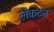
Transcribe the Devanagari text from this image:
लैंकटन